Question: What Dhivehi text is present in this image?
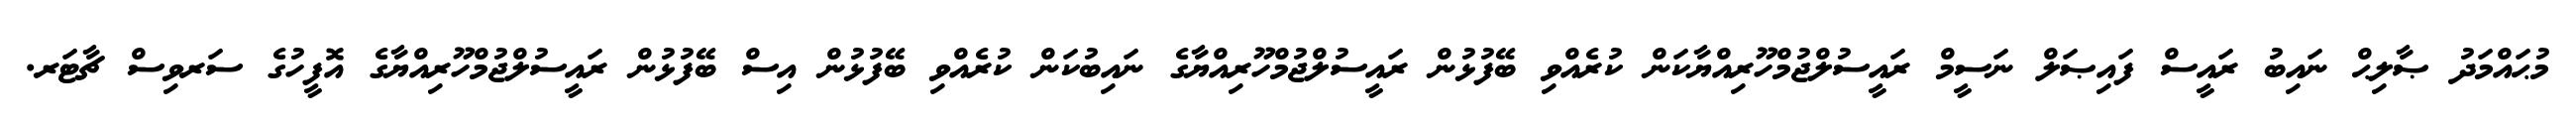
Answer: މުޙައްމަދު ޞާލިޙް ނައިބު ރައީސް ފައިޞަލް ނަސީމް ރައީސުލްޖުމްހޫރިއްޔާކަން ކުރެއްވި ބޭފުޅުން ރައީސުލްޖުމްހޫރިއްޔާގެ ނައިބުކަން ކުރެއްވި ބޭފުޅުން އިސް ބޭފުޅުން ރައީސުލްޖުމްހޫރިއްޔާގެ އޮފީހުގެ ސަރވިސް ޗާޓަރ.